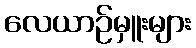
လေယာဉ်မှူးများ